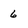
Character: 6